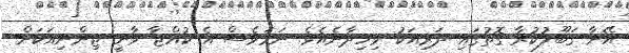
އޭނާ ޤަބޫލުކުރާ ގޮތުގައި ދަރިއަކު ވިހިދާނެއެވެ. ނަމަވެސް އެ ކުއްޖާ ވާނީ ޖިންނިއަކަށް